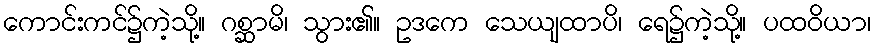
ကောင်းကင်၌ကဲ့သို့။ ဂစ္ဆာမိ၊ သွား၏။ ဥဒကေ သေယျထာပိ၊ ရေ၌ကဲ့သို့။ ပထဝိယာ၊